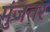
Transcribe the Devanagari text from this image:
मुंजतर